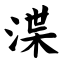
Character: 渫